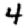
Digit: 4